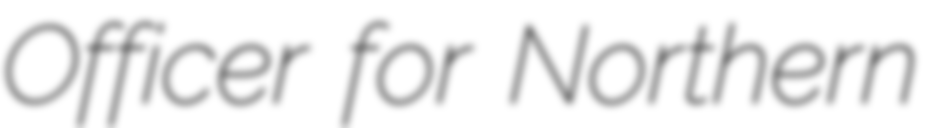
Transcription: Officer for Northern